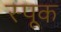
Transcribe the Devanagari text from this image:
स्पूक